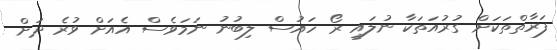
ފަރާތްތަކަށް ގުރުއަތަކާ ނުލައި ރޯ ހައުސް ލިބުނު ނަމަވެސް އެއަށް ވުރެ ދަށް